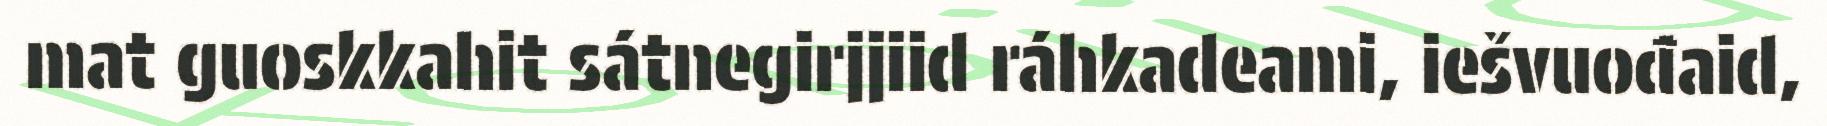
mat guoskkahit sátnegirjjiid ráhkadeami, iešvuođaid,